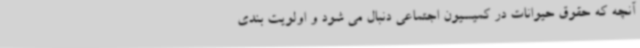
آنچه که حقوق حیوانات در کمیسیون اجتماعی دنبال می شود و اولویت بندی